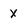
Character: x